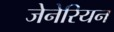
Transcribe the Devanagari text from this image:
जेनेरियन